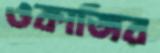
ওকাজির